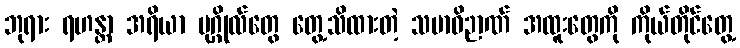
ဘုရား ရဟန္တာ အရိယာ ပုဂ္ဂိုလ်တွေ တွေ့သိထားတဲ့ သမာဓိဉာဏ် အထူးတွေကို ကိုယ်တိုင်တွေ့